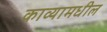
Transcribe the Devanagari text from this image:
काव्यामधील